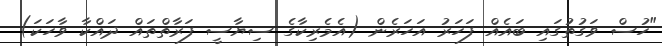
"ހުސް ވަގުތުގައި ބައެއް ފަހަރު އަހަރެން (އެމެރިކާގެ ސިޔާސީ ފަރާތްތައް ދައްކާ ވާހަކަ)